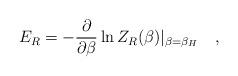
LaTeX: \begin{align*}E_R=-{\partial \over \partial \beta}\ln Z_R(\beta)|_{\beta=\beta_H}~~~,\end{align*}